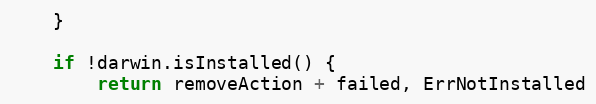
Language: Go
	}

	if !darwin.isInstalled() {
		return removeAction + failed, ErrNotInstalled